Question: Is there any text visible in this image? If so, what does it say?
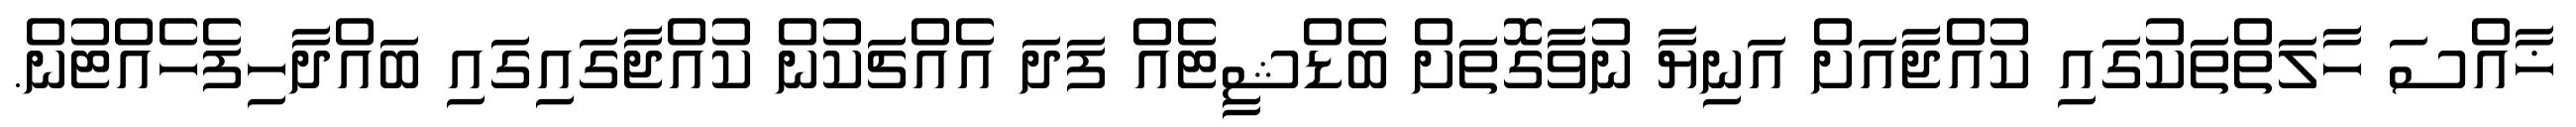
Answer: ޚާއްސަ ހާލަތްތަކުގައި ކުއްޖާއަށް އަނިޔާ ނުވާގޮތަށް ބެޑްޝީޓެއް ފަދަ އެއްޗަކުން ކުއްޖާގައިގައި ބައްދާހިފެހެއްޓުން.